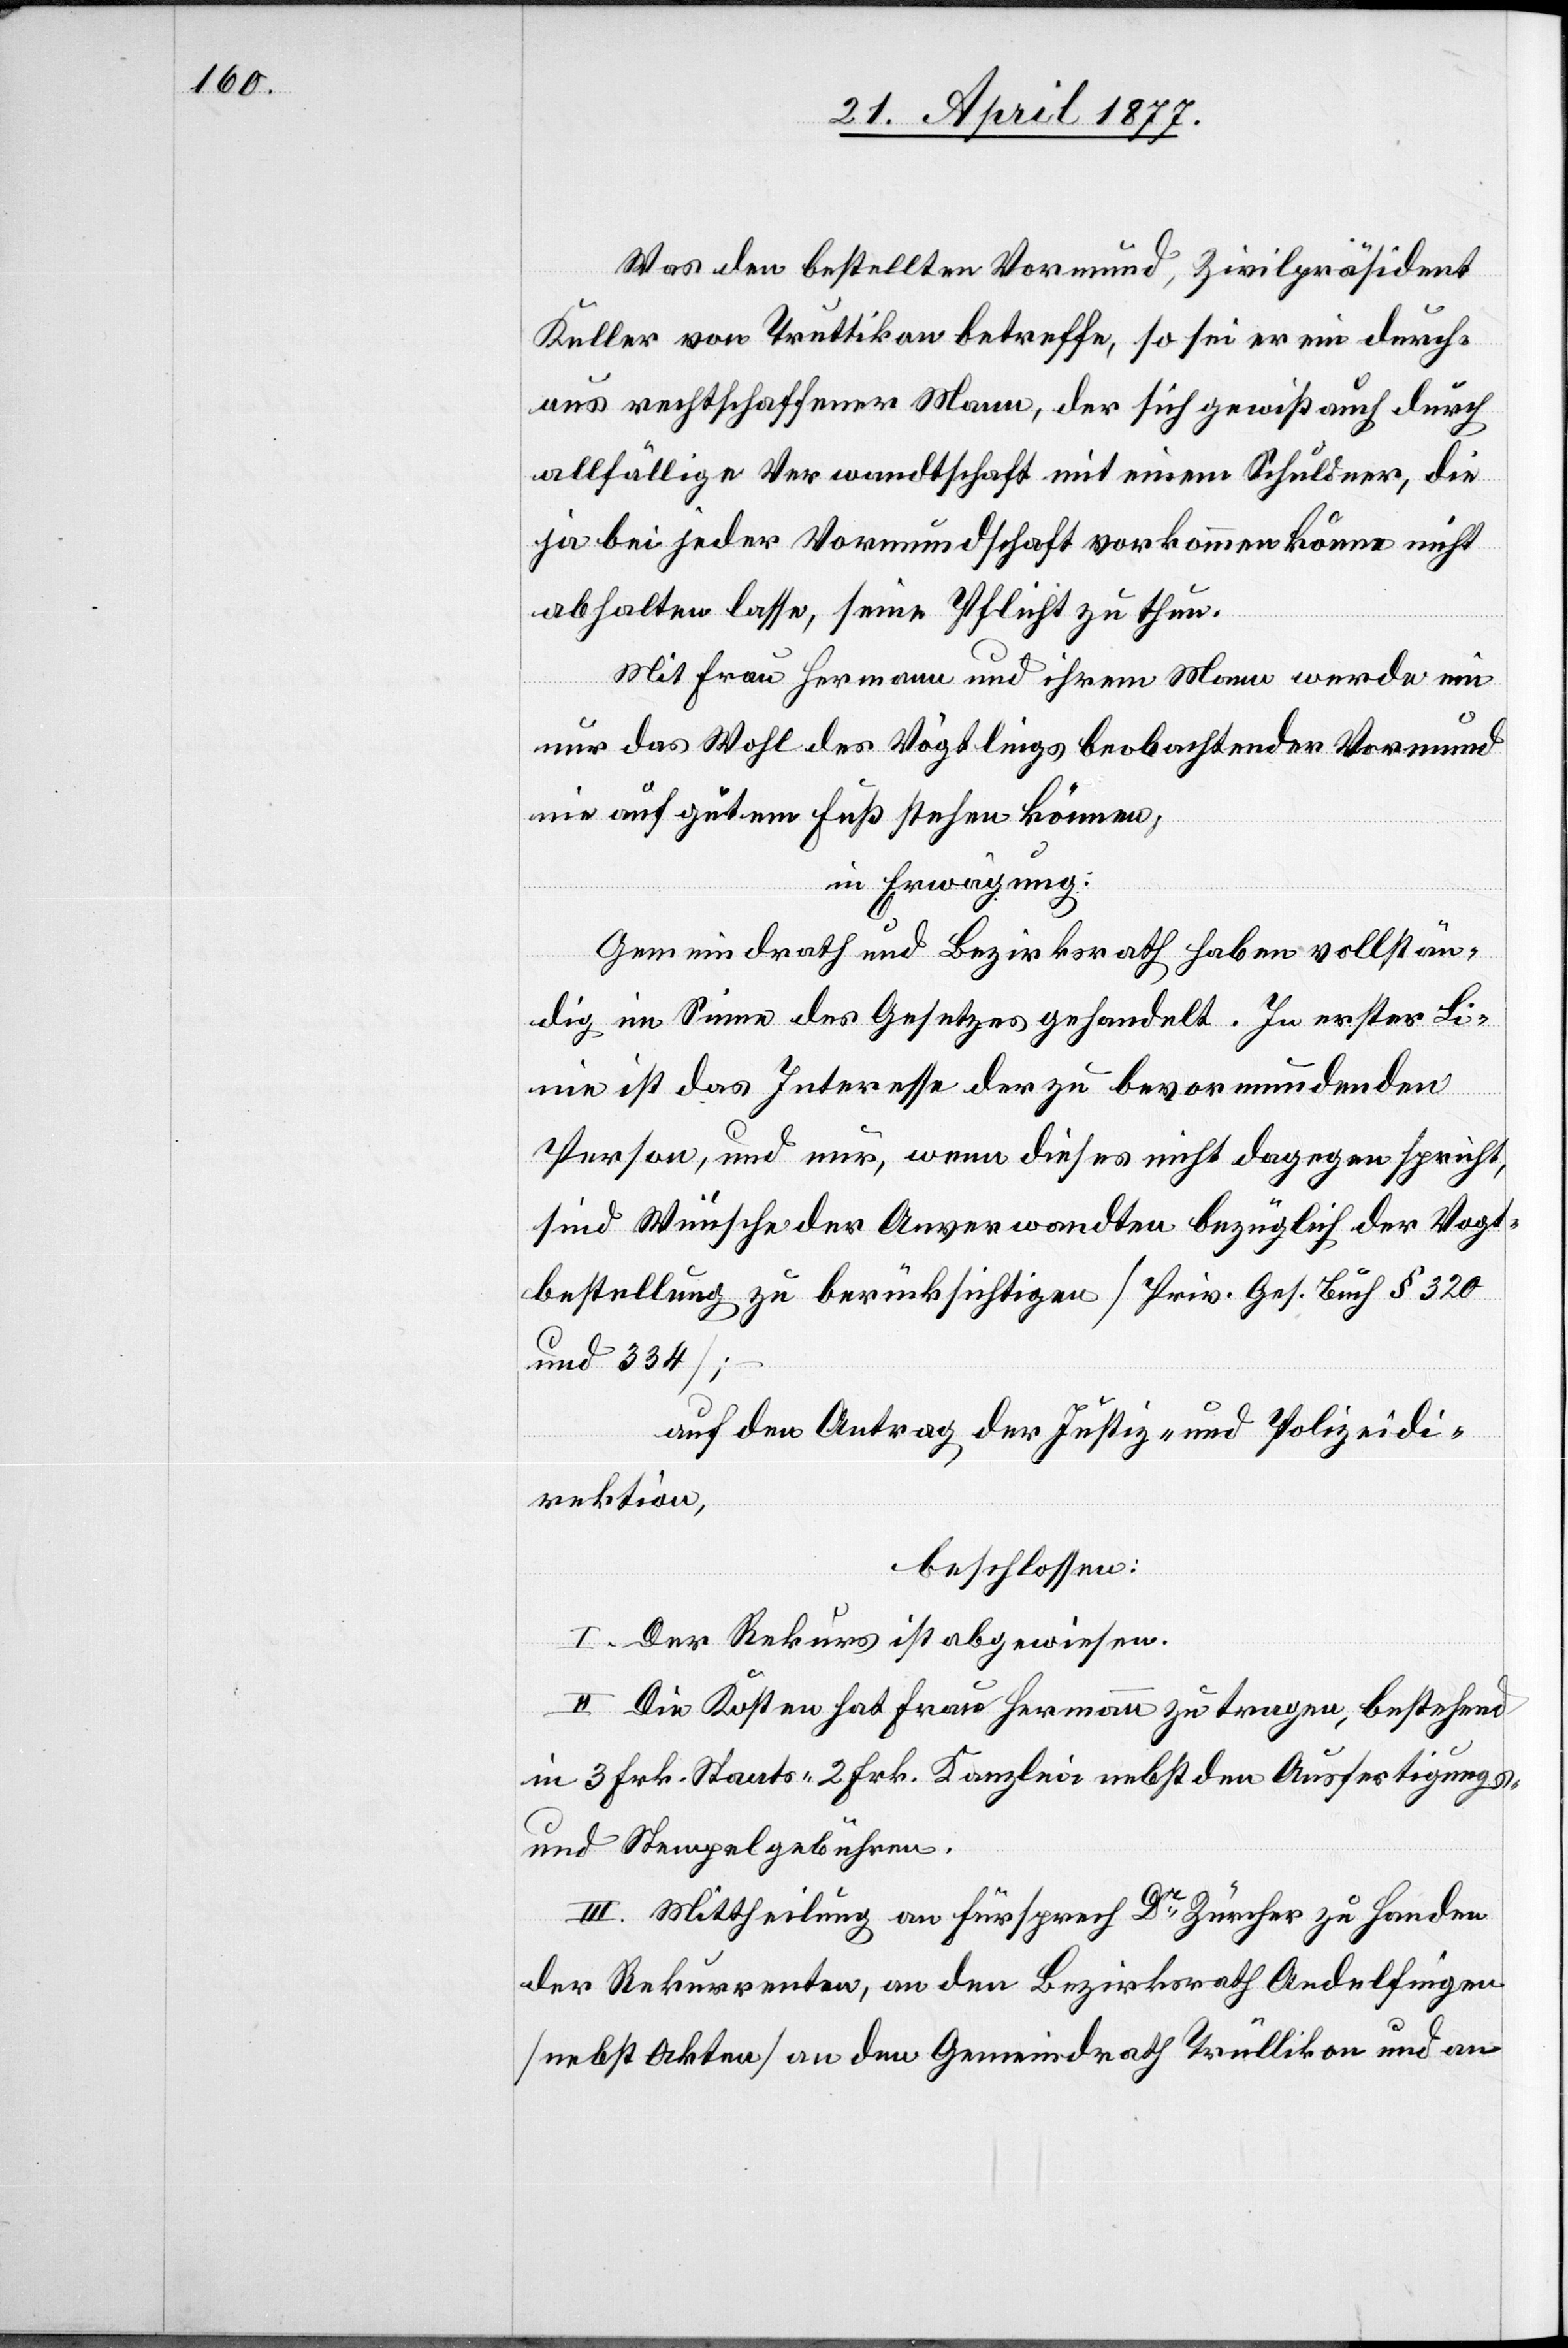
Was den bestellten Vormund, Zivilpräsident
Keller von Truttikon betreffe, so sei er ein durch¬
aus rechtschaffener Mann, der sich gewiß auch durch
allfällige Verwandtschaft mit einem Schuldner, die
ja bei jeder Vormundschaft vorkommen könne nicht
abhalten lasse, seine Pflicht zu thun.
Mit Frau Hermann und ihrem Mann werde ein
nur das Wohl des Vögtlings beobachtender Vormund
nie auf gutem Fuß stehen können;
in Erwägung:
Gemeindrath und Bezirksrath haben vollstän¬
dig im Sinne des Gesetzes gehandelt. In erster Li¬
nie ist das Interesse der zu bevormundenden
Person, und nur, wenn dieses nicht dagegen spricht,
sind Wünsche der Anverwandten bezüglich der Vogt¬
bestellung zu berücksichtigen [Priv. Ges. buch §[§] 320
und 334];
auf den Antrag der Justiz- und Polizeidi¬
rektion,
beschlossen:
I. Der Rekurs ist abgewiesen.
II. Die Kosten hat Frau Hermann zu tragen, bestehend
in 3 Frk. Staats- 2 Frk. Kanzlei- nebst den Ausfertigungs-
und Stempelgebühren.
III. Mittheilung an Fürsprech Dr Zürcher zu Handen
der Rekurrenten, an den Bezirksrath Andelfingen
[nebst Akten] an den Gemeindrath Trüllikon und an